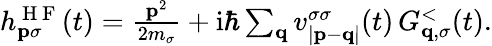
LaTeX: \begin{array}{r}{h_{\mathbf{p}\sigma}^{\mathrm{~H~F~}}(t)=\frac{\mathbf{p}^{2}}{2m_{\sigma}}+\mathrm{i}\hbar\sum_{\mathbf{q}}v_{|\mathbf{p}-\mathbf{q}|}^{\sigma\sigma}(t)\, G_{\mathbf{q},\sigma}^{<}(t).}\end{array}